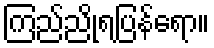
ကြည်ညိုရပြန်ရော။